Annual report of the Civil Veterinary Department, Bengal, and of the Bengal Veterinary College, for the year 1900-1901 - 1900-1901
Year: 1900
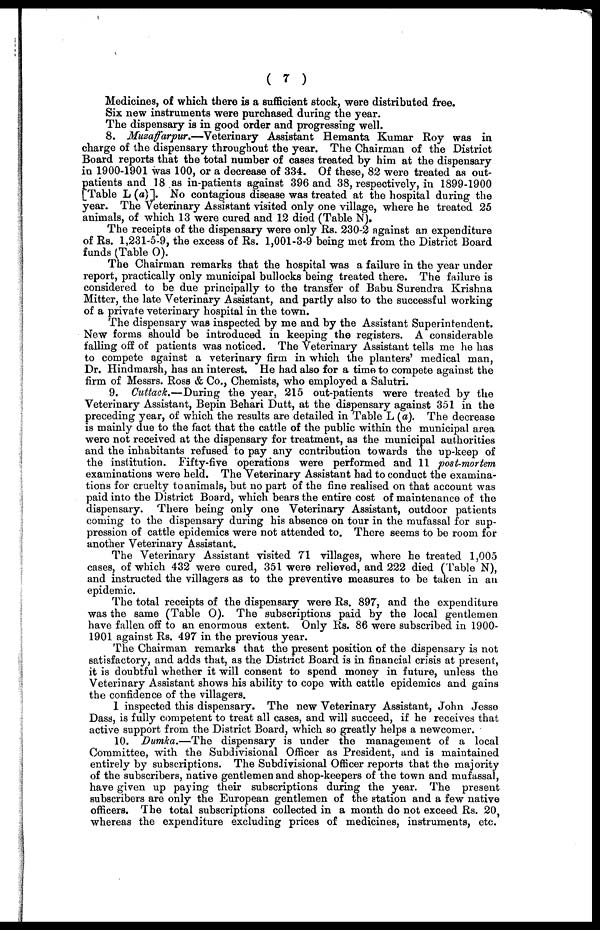
( 7 )
Medicines, of which there is a sufficient stock, were distributed free.
Six new instruments were purchased during the year.
The dispensary is in good order and progressing well.
8. Musaffarpur.—Veterinary
Assistant Hemanta Kumar Roy was in
charge of the dispensary throughout the year. The Chairman of the District
Board reports that the total number of cases treated by him at the dispensary
in 1900-1901 was 100, or a decrease of 334. Of these, 82 were treated as out-
patients and 18 as in-patients against 396 and 38, respectively, in 1899-1900
[Table L (a)]. No contagious disease was treated at the hospital during the
year. The Veterinary Assistant visited only one village, where he treated 25
animals, of which 13 were cured and 12 died (Table N).
The receipts of the dispensary were only Rs. 230-2 against an expenditure
of Rs. 1,231-5-9, the excess of Rs. 1,001-3-9 being met from the District Board
funds (Table O).
The Chairman remarks that the hospital was a failure in the year under
report, practically only municipal bullocks being treated there. The failure is
considered to be due principally to the transfer of Babu Surendra Krishna
Mitter, the late Veterinary Assistant, and partly also to the successful working
of a private veterinary hospital in the town.
The dispensary was inspected by me and by the Assistant Superintendent.
New forms should be introduced in keeping the registers. A considerable
falling off of patients was noticed. The Veterinary Assistant tells me he has
to compete against a veterinary firm in which the planters' medical man,
Dr. Hindmarsh, has an interest. He had also for a time to compete against the
firm of Messrs. Ross & Co., Chemists, who employed a Salutri.
9. Cuttack.—During the year, 215 out-patients were treated by the
Veterinary Assistant, Bepin Behari Dutt, at the dispensary against 351 in the
preceding year, of which the results are detailed in Table L (a). The decrease
is mainly due to the fact that the cattle of the public within the municipal area
were not received at the dispensary for treatment, as the municipal authorities
and the inhabitants refused to pay any contribution towards the up-keep of
the institution. Fifty-five operations were performed and 11 post-mortem
examinations were held. The Veterinary Assistant had to conduct the examina-
tions for cruelty to animals, but no part of the fine realised on that account was
paid into the District Board, which bears the entire cost of maintenance of the
dispensary. There being only one Veterinary Assistant, outdoor patients
coming to the dispensary during his absence on tour in the mufassal for sup-
pression of cattle epidemics were not attended to. There seems to be room for
another Veterinary Assistant.
The Veterinary Assistant visited 71 villages, where he treated 1,005
cases, of which 432 were cured, 351 were relieved, and 222 died (Table N),
and instructed the villagers as to the preventive measures to be taken in an
epidemic.
The total receipts of the dispensary were Rs. 897, and the expenditure
was the same (Table O). The subscriptions paid by the local gentlemen
have fallen off to an enormous extent. Only Rs. 86 were subscribed in 1900-
1901 against Rs. 497 in the previous year.
The Chairman remarks that the present position of the dispensary is not
satisfactory, and adds that, as the District Board is in financial crisis at present,
it is doubtful whether it will consent to spend money in future, unless the
Veterinary Assistant shows his abilit to cope with cattle epidemics and gains
the confidence of the villagers.
1 inspected this dispensary. The new Veterinary Assistant, John Jesse
Dass, is fully competent to treat all cases, and will succeed, if he receives that
active support from the District Board, which so greatly helps a newcomer.
10. Dumka.—The dispensary is under the management of a local
Committee, with the Subdivisional Officer as President, and is maintained
entirely by subscriptions. The Subdivisional Officer reports that the majority
of the subscribers, native gentlemen and shop-keepers of the town and mufassal,
have given up paying their subscriptions during the year. The present
subscribers are only the European gentlemen of the station and a few native
officers. The total subscriptions collected in a month do not exceed Rs. 20,
whereas the expenditure excluding prices of medicines, instruments, etc.